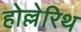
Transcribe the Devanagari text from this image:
होल्लेरिथ